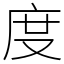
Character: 度